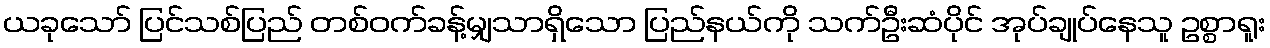
ယခုသော် ပြင်သစ်ပြည် တစ်ဝက်ခန့်မျှသာရှိသော ပြည်နယ်ကို သက်ဦးဆံပိုင် အုပ်ချုပ်နေသူ ဥစ္စာရူး